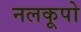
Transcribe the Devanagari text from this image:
नलकूपो